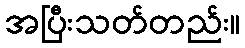
အပြီးသတ်တည်း။